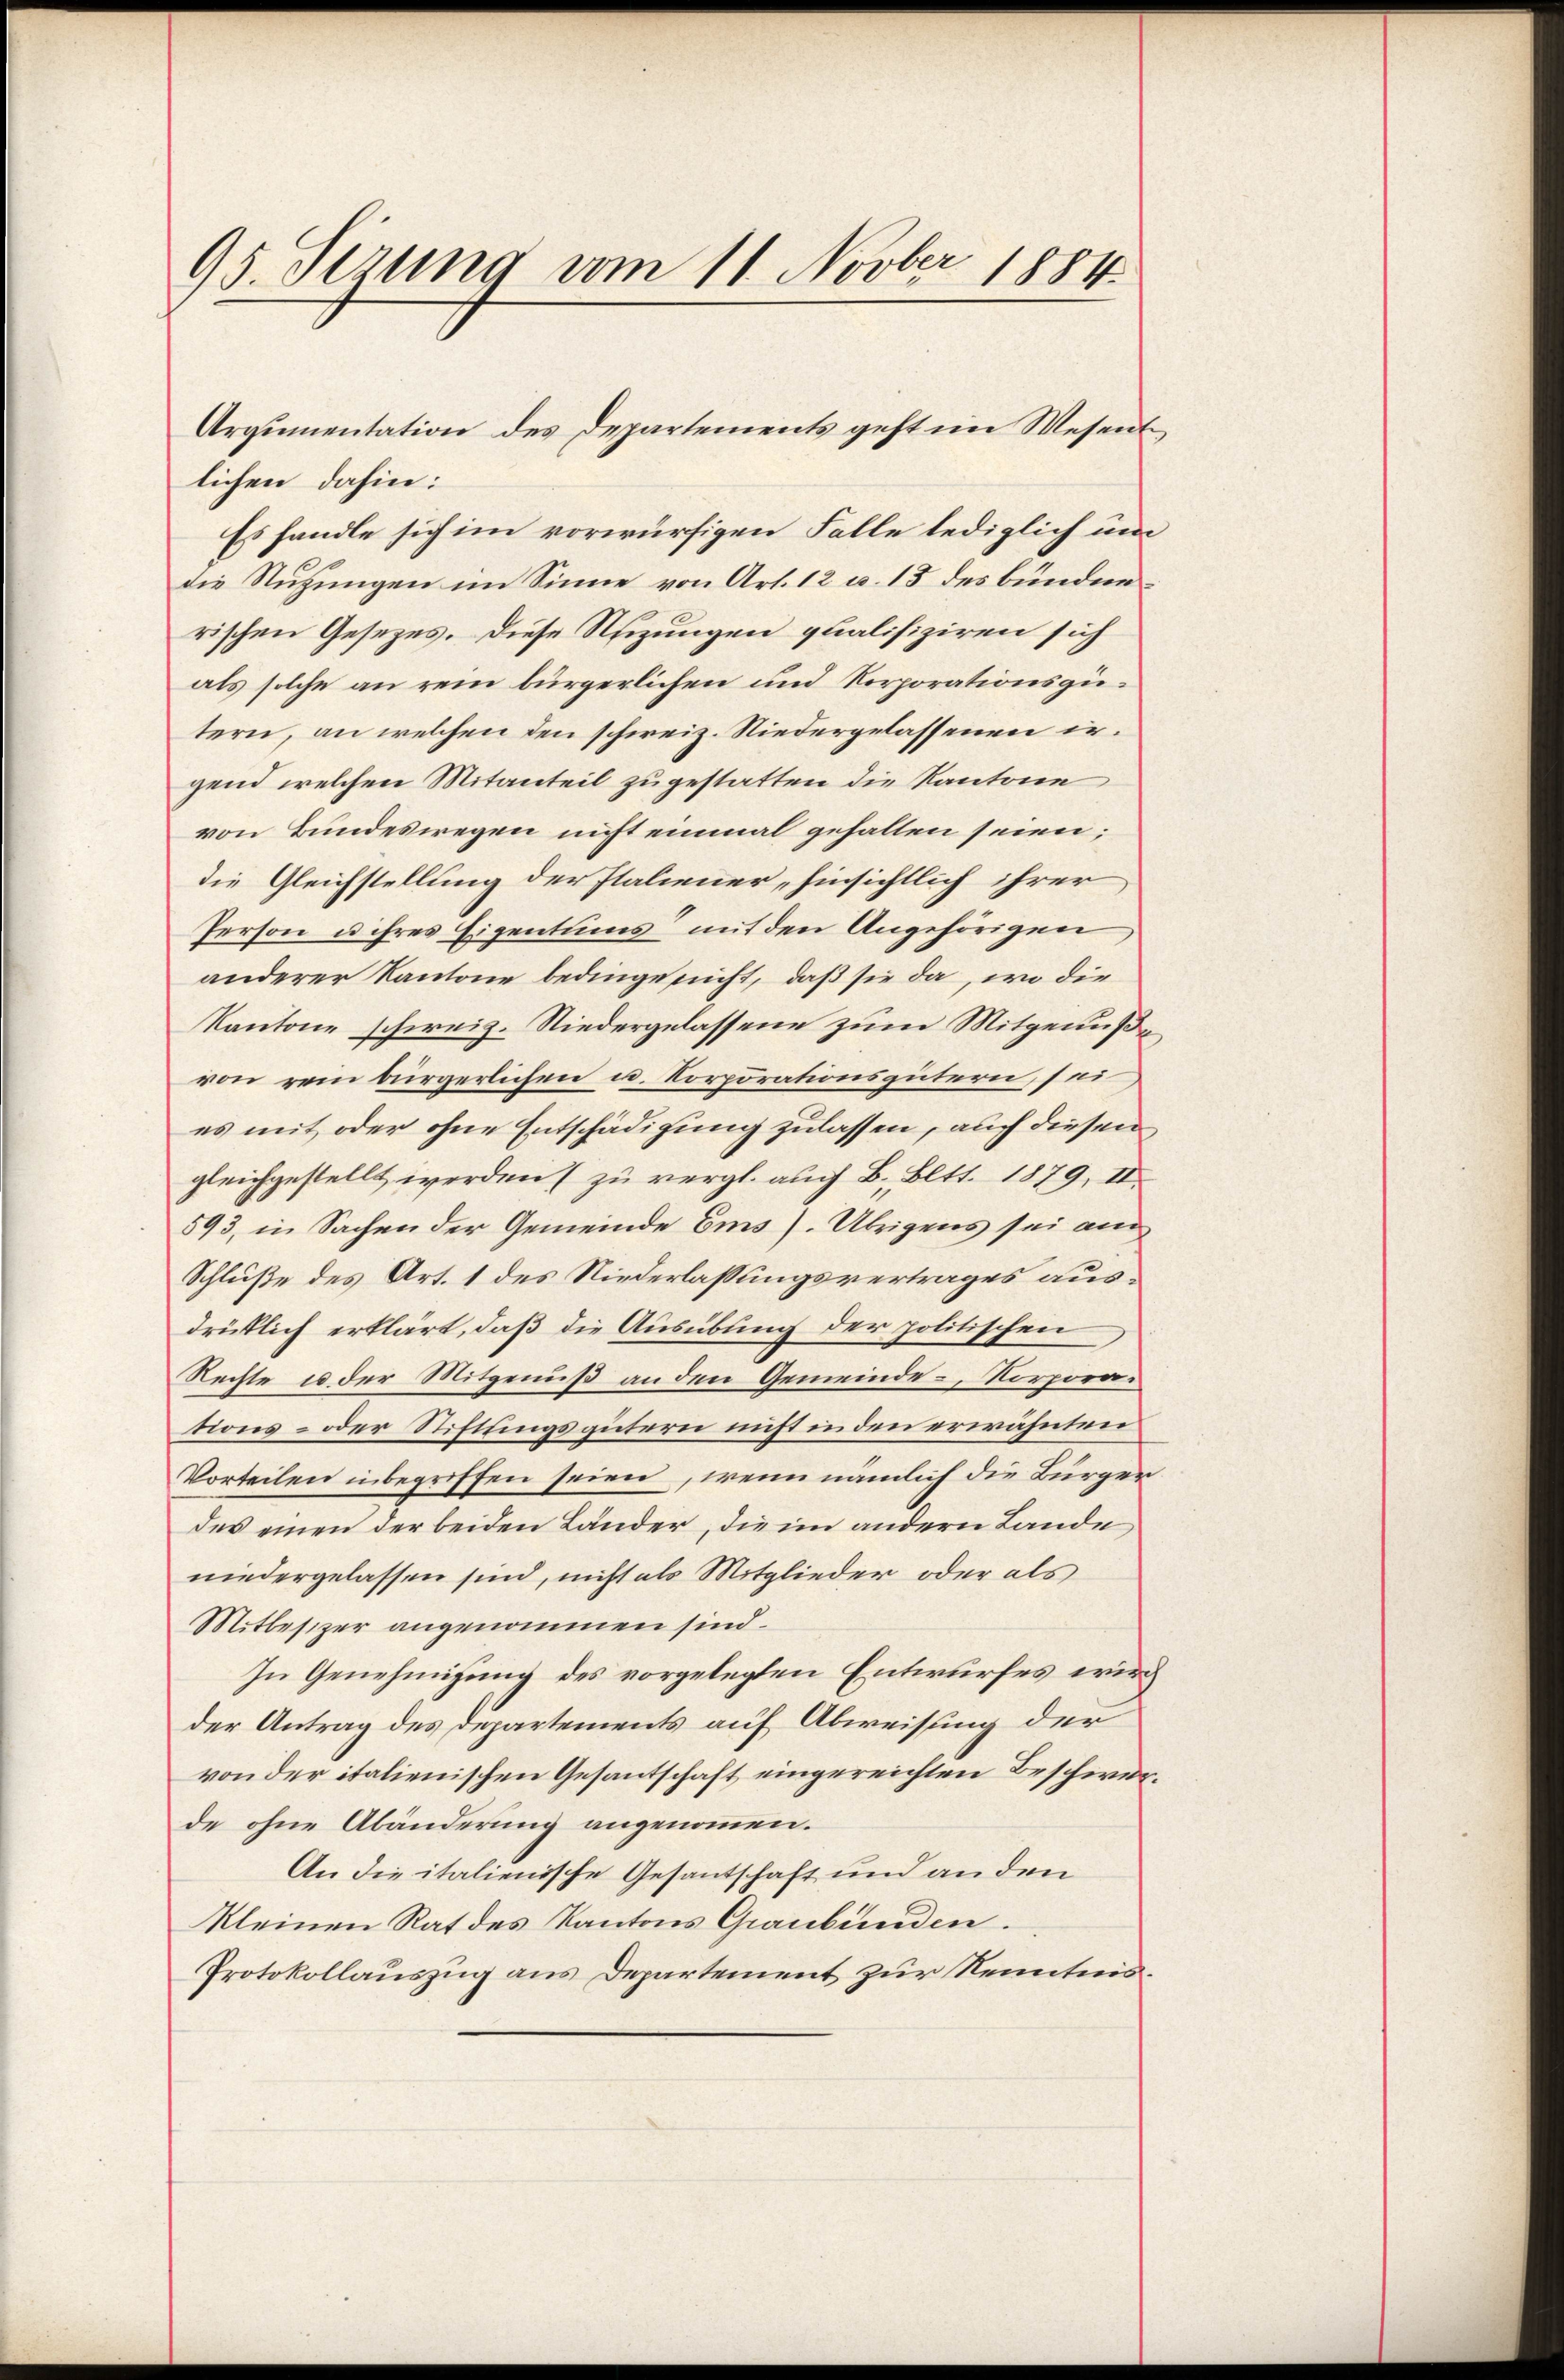
95. Ferung vom 11. Novber 1884

lichen dahin:
Es handle sich im vorwürfigen Falle lediglich um
die Nutzungen im Sinne von Art. 12 u. 13 des bundenrischen Gesezes. Diese Neizungen qualifiziren sich
als solche an rein bürgerlichen und Korporationsgütern, an welchen den schweiz. Niedergelassenen irgend welchen Mitanteil zugestatten die Kantone
von Bundeswegen nicht einmal gehalten seien;
die Gleichstellung der Italiener, hinsichtlich ihrer
Person u ihres Eigentums mit den Angehörigen
anderer Kantone bedinge nicht, daß sie da, wo die
Kantone schweiz. Niedergelassene zum Mitgenuße
von rein bürgerlichen u. Korporationsgütern, sei
es mit oder ohne Entschädigung zulassen, auch diesen
gleichgestellt werden (zu vergl. auch B. Bett. 1879, II.
593, in Sachen der Gemeinde Ems). Übrigens sei am
Schluße des Art. 1 des Niederlassungsvertrages ausdrüklich erklärt, daß die Ausübung der politischen
Rechte u der Mitgenuß an den Gemeinde-, Korporations- oder Stiftungsgütern nicht in den erwähnten
Vorteilen inbegriffen seien, wenn nämlich die Bürger
des einen der beiden Länder, die im andern Lande
niedergelassen sind, nicht als Mitglieder oder als
Mitlesizer angenommen sind.
In Genehmigung des vorgelegten Entwurfes wird
der Antrag des Departements auf Abweisung der
von der italienischen Gesantschaft eingereichten Beschwerde ohne Abänderung angenommen.
An die italienische Gesantschaft und an den
kleinen Rat des Kantons Graubünden.
Protokollauszug aus Departement zur Kenntnis.

Argumentation des Departements geht im Wesent